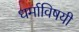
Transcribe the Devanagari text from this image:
धर्माविषयी